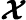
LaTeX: \boldsymbol{\cal X}